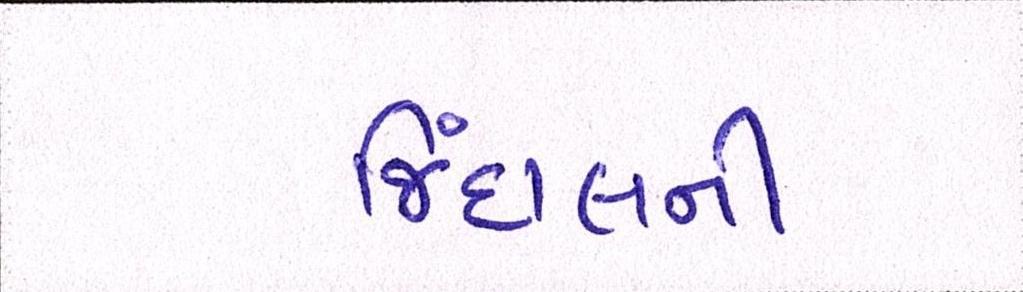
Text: જિંદાલની